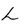
Character: L